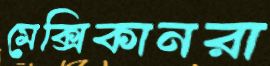
মেক্সিকানরা